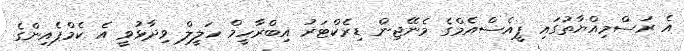
އެ ރަސްމިއްޔާތުގައި ޕީއެސްއެމްގެ މެނޭޖިން ޑިރެކްޓަރު އިބްރާހީމް ހަލީލް ވިދާޅުވީ އެ ކެމްޕެއިންގެ